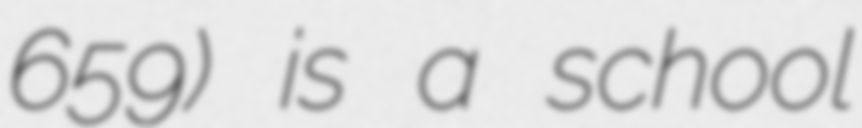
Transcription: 659) is a school